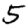
Digit: 5